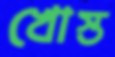
খোস্ত